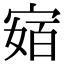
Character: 𭔅